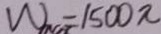
W = 1 5 0 0 \pi